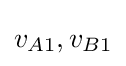
v_{A1},v_{B1}